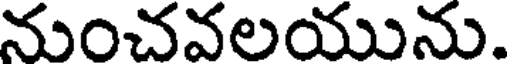
నుంచవలయును.